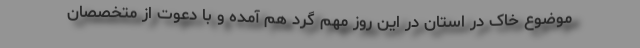
موضوع خاک در استان در این روز مهم گرد هم آمده و با دعوت از متخصصان